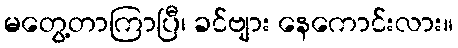
မတွေ့တာကြာပြီ၊ ခင်ဗျား နေကောင်းလား။